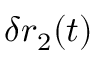
\delta r _ { 2 } ( t )